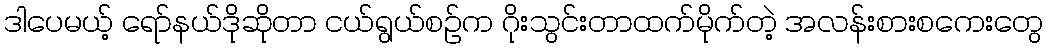
ဒါပေမယ့် ရော်နယ်ဒိုဆိုတာ ငယ်ရွယ်စဉ်က ဂိုးသွင်းတာထက်မိုက်တဲ့ အလန်းစားစကေးတွေ